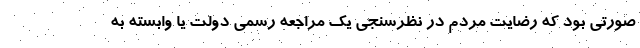
صورتی بود که رضایت مردم در نظرسنجی یک مراجعه رسمی دولت یا وابسته به